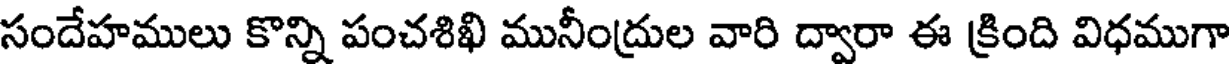
సందేహములు కొన్ని పంచశిఖి మునీంద్రుల వారి ద్వారా ఈ క్రింది విధముగా